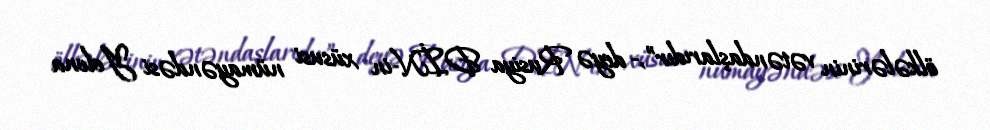
ölkələrinin vətəndaşlarıdır”,- deyə Rusiya DİN-in xüsusi nümayəndəsi Yelena